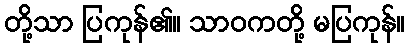
တို့သာ ပြကုန်၏။ သာဝကတို့ မပြကုန်။